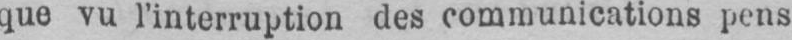
que vu l’interruption des communications pens